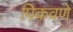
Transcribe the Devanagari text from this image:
पिकवणे